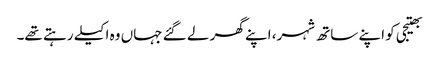
بھتیجی کو اپنے ساتھ شہر، اپنے گھر لے گئے جہاں وہ اکیلے رہتے تھے۔